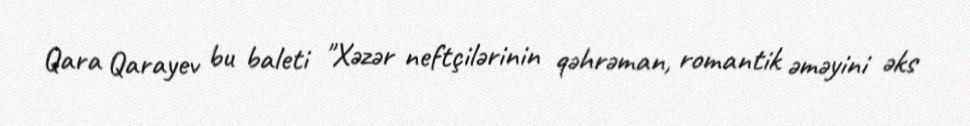
Qara Qarayev bu baleti "Xəzər neftçilərinin qəhrəman, romantik əməyini əks